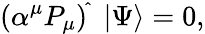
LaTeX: (\alpha^{\mu}{P}_{\mu})^{\widehat{}}\ \ |\Psi\rangle=0,